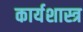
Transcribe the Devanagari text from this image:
कार्यशास्त्र